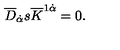
\overline { { D } } _ { \dot { \alpha } } s \overline { { K } } ^ { 1 \dot { \alpha } } = 0 .